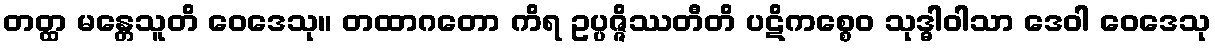
တတ္ထ မန္တေသူတိ ဝေဒေသု။ တထာဂတော ကိရ ဥပ္ပဇ္ဇိဿတီတိ ပဋိကစ္စေဝ သုဒ္ဓါဝါသာ ဒေဝါ ဝေဒေသု